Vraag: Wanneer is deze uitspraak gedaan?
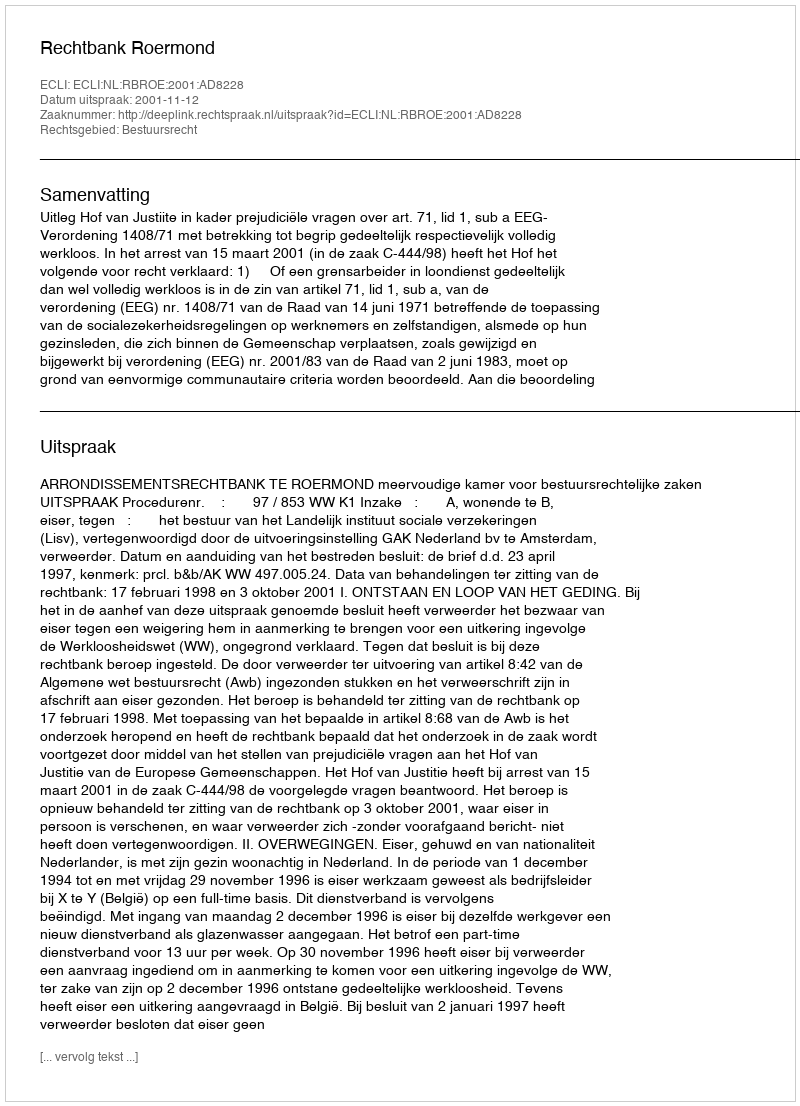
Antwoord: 2001-11-12